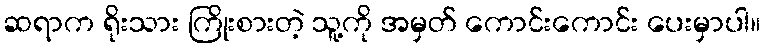
ဆရာက ရိုးသား ကြိုးစားတဲ့ သူ့ကို အမှတ် ကောင်းကောင်း ပေးမှာပါ။